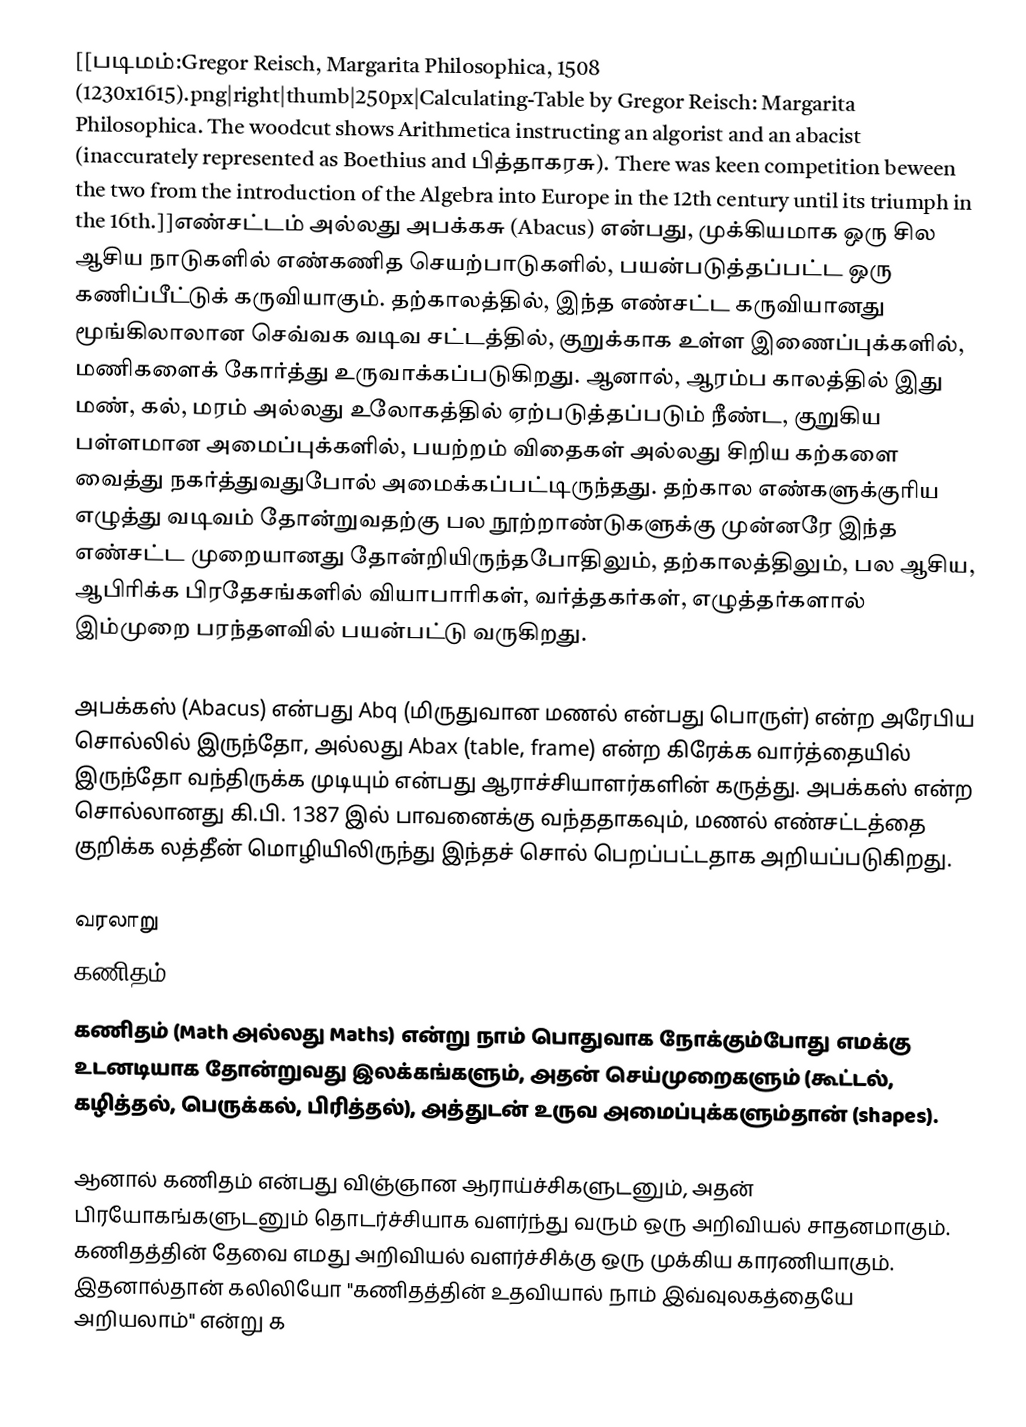
[[படிமம்:Gregor Reisch, Margarita Philosophica, 1508 (1230x1615).png|right|thumb|250px|Calculating-Table by Gregor Reisch: Margarita Philosophica. The woodcut shows Arithmetica instructing an algorist and an abacist (inaccurately represented as Boethius and பித்தாகரசு). There was keen competition beween the two from the introduction of the Algebra into Europe in the 12th century until its triumph in the 16th.]]எண்சட்டம் அல்லது அபக்கசு (Abacus) என்பது, முக்கியமாக ஒரு சில ஆசிய நாடுகளில் எண்கணித செயற்பாடுகளில், பயன்படுத்தப்பட்ட ஒரு கணிப்பீட்டுக் கருவியாகும். தற்காலத்தில், இந்த எண்சட்ட கருவியானது மூங்கிலாலான செவ்வக வடிவ சட்டத்தில், குறுக்காக உள்ள இணைப்புக்களில், மணிகளைக் கோர்த்து உருவாக்கப்படுகிறது. ஆனால், ஆரம்ப காலத்தில் இது மண், கல், மரம் அல்லது உலோகத்தில் ஏற்படுத்தப்படும் நீண்ட, குறுகிய பள்ளமான அமைப்புக்களில், பயற்றம் விதைகள் அல்லது சிறிய கற்களை வைத்து நகர்த்துவதுபோல் அமைக்கப்பட்டிருந்தது. தற்கால எண்களுக்குரிய எழுத்து வடிவம் தோன்றுவதற்கு பல நூற்றாண்டுகளுக்கு முன்னரே இந்த எண்சட்ட முறையானது தோன்றியிருந்தபோதிலும், தற்காலத்திலும், பல ஆசிய, ஆபிரிக்க பிரதேசங்களில் வியாபாரிகள், வர்த்தகர்கள், எழுத்தர்களால் இம்முறை பரந்தளவில் பயன்பட்டு வருகிறது.

அபக்கஸ் (Abacus) என்பது Abq (மிருதுவான மணல் என்பது பொருள்) என்ற அரேபிய சொல்லில் இருந்தோ, அல்லது Abax (table, frame) என்ற கிரேக்க வார்த்தையில் இருந்தோ வந்திருக்க முடியும் என்பது ஆராச்சியாளர்களின் கருத்து. அபக்கஸ் என்ற சொல்லானது கி.பி. 1387 இல் பாவனைக்கு வந்ததாகவும், மணல் எண்சட்டத்தை குறிக்க லத்தீன் மொழியிலிருந்து இந்தச் சொல் பெறப்பட்டதாக அறியப்படுகிறது.

 வரலாறு
 கணிதம்
கணிதம் (Math அல்லது Maths) என்று நாம் பொதுவாக நோக்கும்போது எமக்கு உடனடியாக தோன்றுவது இலக்கங்களும், அதன் செய்முறைகளும் (கூட்டல், கழித்தல், பெருக்கல், பிரித்தல்), அத்துடன் உருவ அமைப்புக்களும்தான் (shapes).

ஆனால் கணிதம் என்பது விஞ்ஞான ஆராய்ச்சிகளுடனும், அதன் பிரயோகங்களுடனும் தொடர்ச்சியாக வளர்ந்து வரும் ஒரு அறிவியல் சாதனமாகும். கணிதத்தின் தேவை எமது அறிவியல் வளர்ச்சிக்கு ஒரு முக்கிய காரணியாகும். இதனால்தான் கலிலியோ "கணிதத்தின் உதவியால் நாம் இவ்வுலகத்தையே அறியலாம்" என்று க